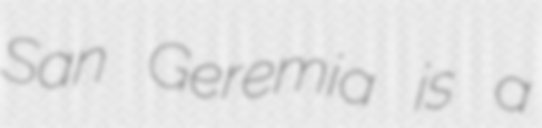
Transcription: San Geremia is a